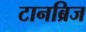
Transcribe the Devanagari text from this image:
टानब्रिज